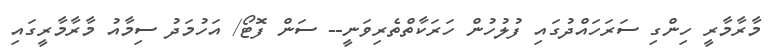
މާރާމާރީ ހިންގި ސަރަހައްދުގައި ފުލުހުން ހަރަކާތްތެރިވަނީ-- ސަން ފޮޓޯ/ އަހުމަދު ސިމާއު މާރާމާރީގައި